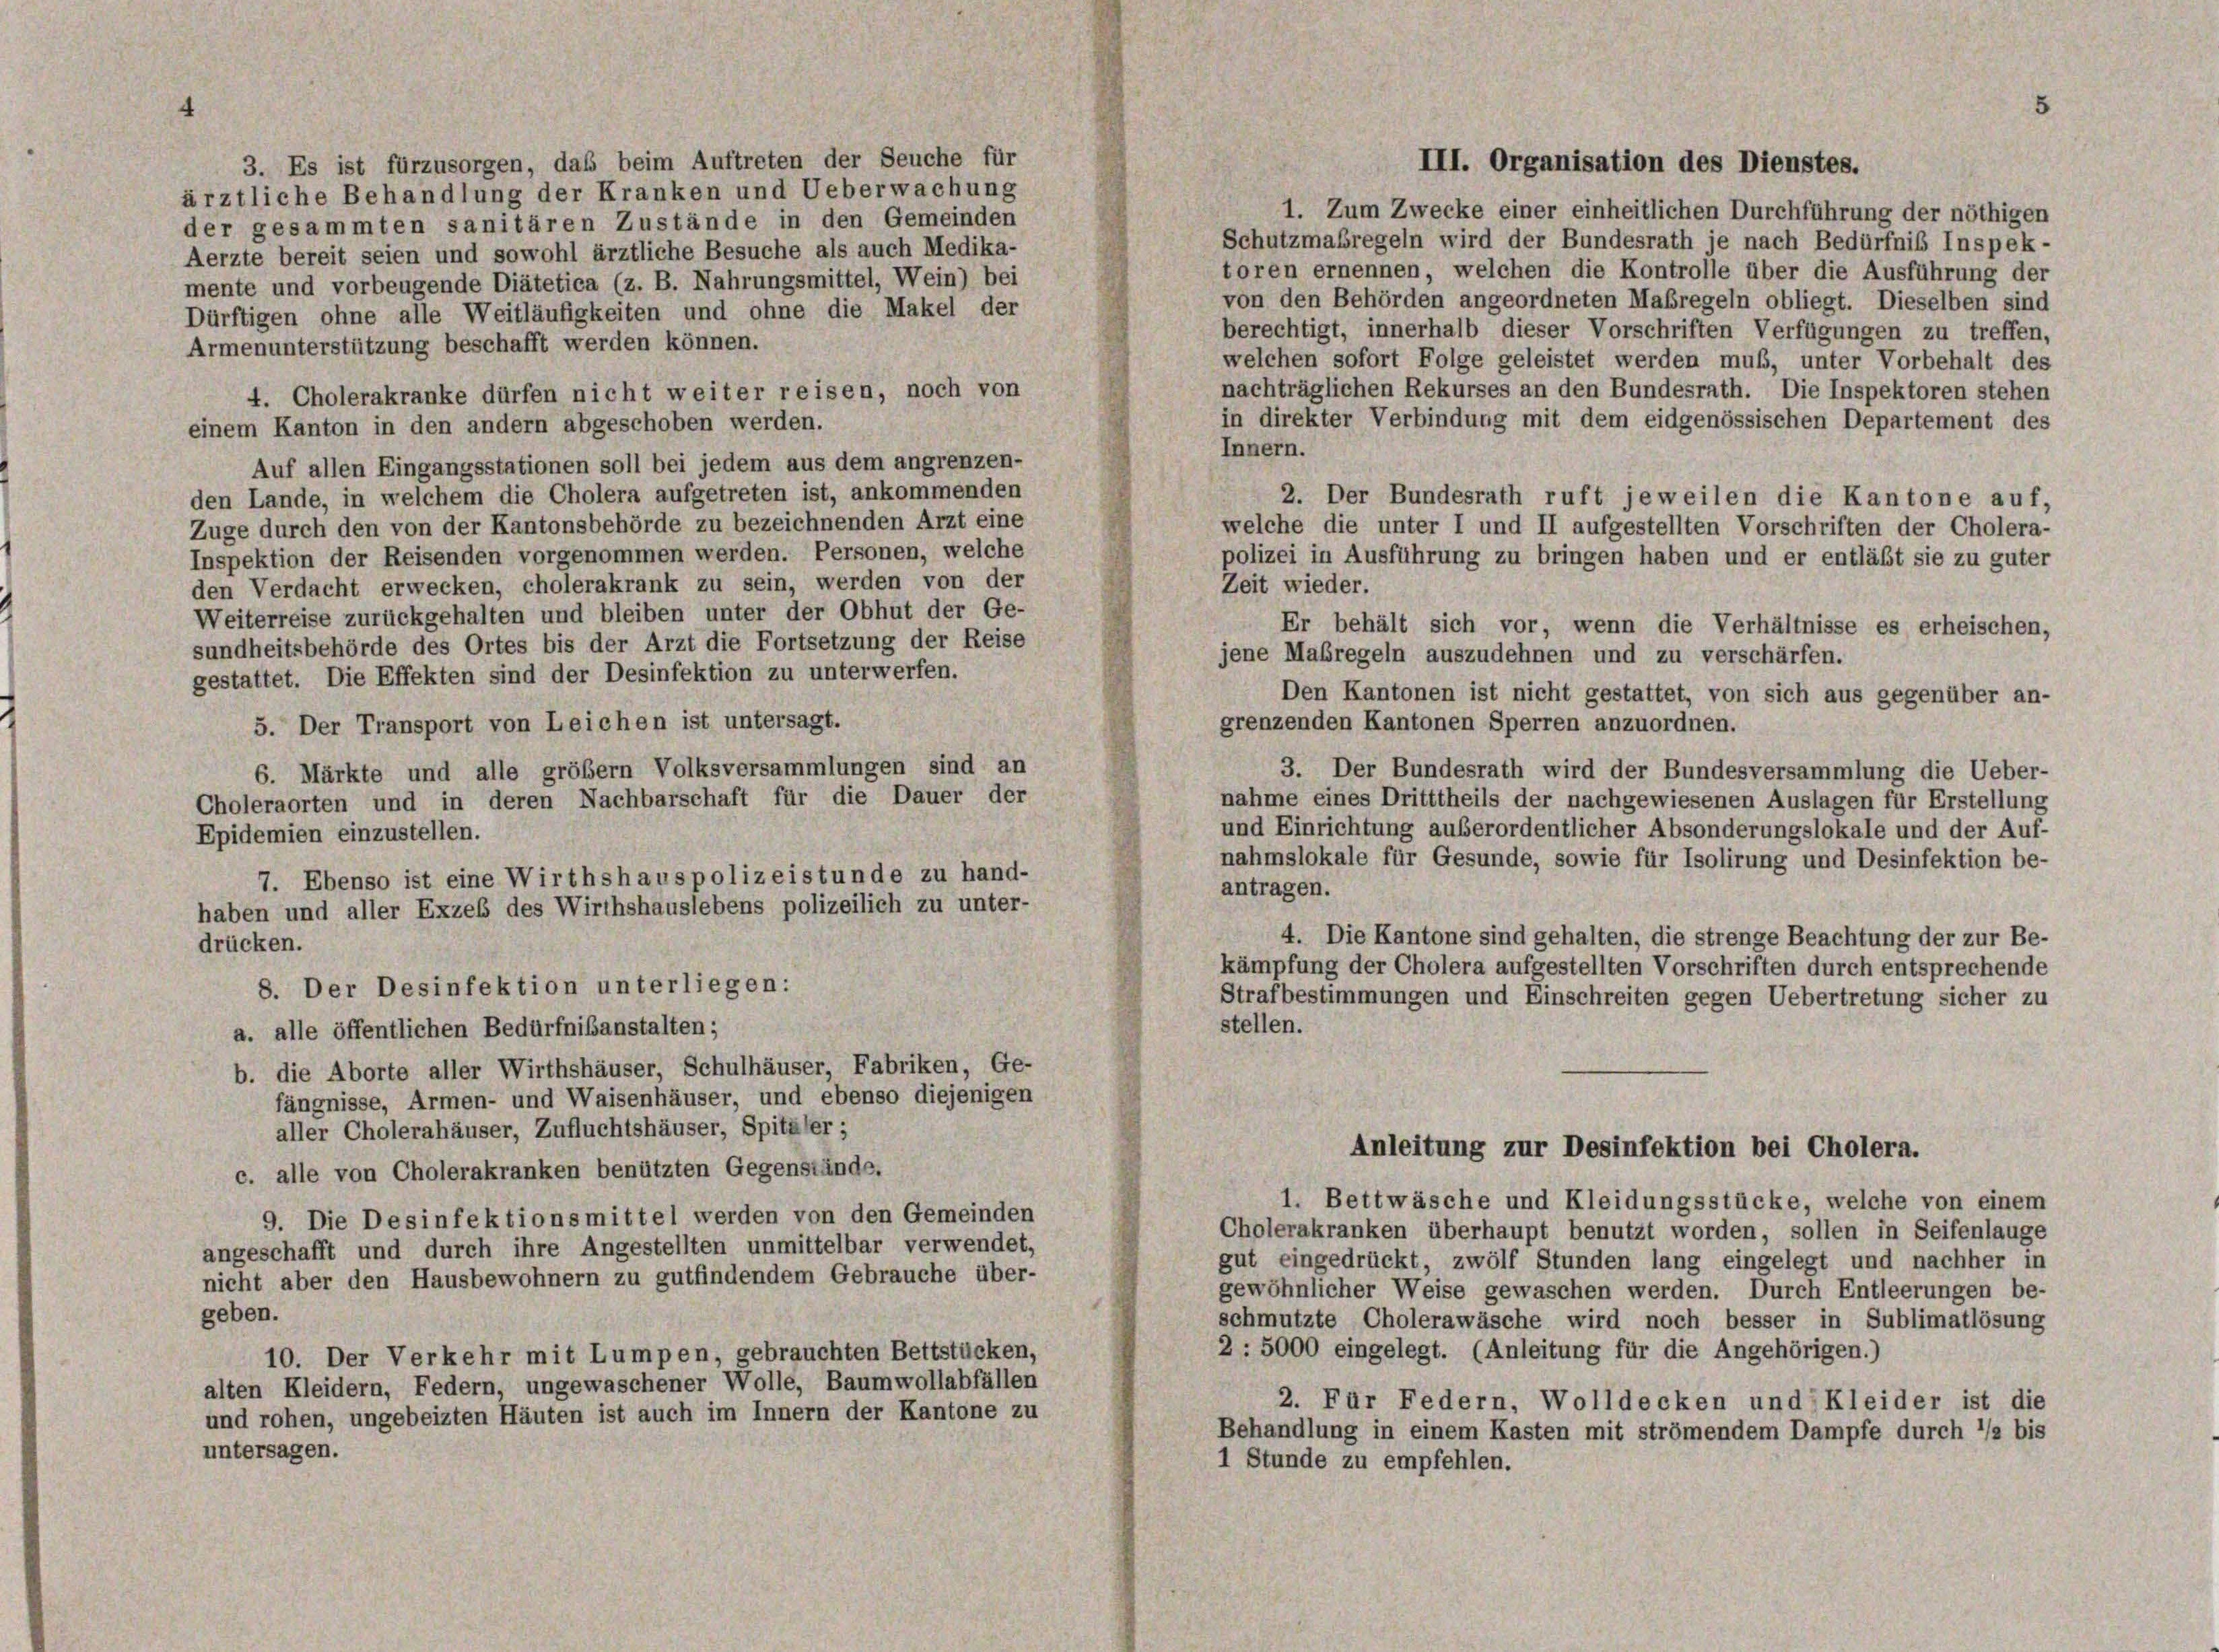
der gesammten sanitären Zustände in den Gemeinden
Aerzte bereit seien und sowohl ärztliche Besuche als auch Medika-
mente und vorbeugende Diätetica (z. B. Nahrungsmittel, Wein) bei
Dürftigen ohne alle Weitläufigkeiten und ohne die Makel der
berechtigt, innerhalb dieser Vorschriften Verfügungen zu treffen,
Armenunterstützung beschafft werden können.
welchen sofort Folge geleistet werden muß, unter Vorbehalt des
nachträglichen Rekurses an den Bundesrath. Die Inspektoren stehen
4. Cholerakranke dürfen nicht weiter reisen, noch von
in direkter Verbindung mit dem eidgenössischen Departement des
einem Kanton in den andern abgeschoben werden.
Innern.
Auf allen Eingangsstationen soll bei jedem aus dem angrenzen-
den Lande, in welchem die Cholera aufgetreten ist, ankommenden
2. Der Bundesrath ruft jeweilen die Kantone auf,
Zuge durch den von der Kantonsbehörde zu bezeichnenden Arzt eine
welche die unter I und II aufgestellten Vorschriften der Cholera-
Inspektion der Reisenden vorgenommen werden. Personen, welche
polizei in Ausführung zu bringen haben und er entläßt sie zu guter
Zeit wieder.
den Verdacht erwecken, cholerakrank zu sein, werden von der
Weiterreise zurückgehalten und bleiben unter der Obhut der Ge-
Er behält sich vor, wenn die Verhältnisse es erheischen,
sundheitsbehörde des Ortes bis der Arzt die Fortsetzung der Reise
jene Maßregeln auszudehnen und zu verschärfen.
gestattet. Die Effekten sind der Desinfektion zu unterwerfen.
Den Kantonen ist nicht gestattet, von sich aus gegenüber an-
grenzenden Kantonen Sperren anzuordnen.
5. Der Transport von Leichen ist untersagt.
3. Der Bundesrath wird der Bundesversammlung die Ueber-
6. Märkte und alle größem Volksversammlungen sind an
nahme eines Dritttheils der nachgewiesenen Auslagen für Erstellung
Choleraorten und in deren Nachbarschaft für die Dauer der
und Einrichtung außerordentlicher Absonderungslokale und der Auf-
Epidemien einzustellen.
nahmslokale für Gesunde, sowie für Isolirung und Desinfektion be-
7. Ebenso ist eine Wirthshauspolizeistunde zu hand-
antragen.
haben und aller Exzeb des Wirthshauslebens polizeilich zu unter-
4. Die Kantone sind gehalten, die strenge Beachtung der zur Be-
drücken.
kämpfung der Cholera aufgestellten Vorschriften durch entsprechende
8. Der Desinfektion unterliegen:
Strafbestimmungen und Einschreiten gegen Uebertretung sicher zu
stellen.
a. alle öffentlichen Bedürfnibanstalten;
b. die Aborte aller Wirthshäuser, Schulhäuser, Fabriken, Ge-
fängnisse, Armen- und Waisenhäuser, und ebenso diejenigen
aller Cholerahäuser, Zufluchtshäuser, Spitäler;
Anleitung zur Desinfektion bei Cholera.
c. alle von Cholerakranken benützten Gegenstände.
1. Bettwäsche und Kleidungsstücke, welche von einem
9. Die Desinfektionsmittel werden von den Gemeinden
Cholerakranken überhaupt benutzt worden, sollen in Seifenlauge
angeschafft und durch ihre Angestellten unmittelbar verwendet,
gut eingedrückt, zwölf Stunden lang eingelegt und nachher in
nicht aber den Hausbewohnern zu gutfindendem Gebrauche über-
gewöhnlicher Weise gewaschen werden. Durch Entleerungen be-
geben.
schmutzte Cholerawäsche wird noch besser in Sublimatlösung
2: 5000 eingelegt. (Anleitung für die Angehörigen.)
10. Der Verkehr mit Lumpen, gebrauchten Bettstücken,
alten Kleidern, Federn, ungewaschener Wolle, Baumwollabfällen
2. Für Federn, Wolldecken und Kleider ist die
und rohen, ungebeizten Häuten ist auch im Innern der Kantone zu
Behandlung in einem Kasten mit strömendem Dampfe durch */2 bis
untersagen.
1 Stunde zu empfehlen.

3. Es ist fürzusorgen, das beim Auftreten der Seuche für
ärztliche Behandlung der Kranken und Ueberwachung

III. Organisation des Dienstes.

1. Zum Zwecke einer einheitlichen Durchführung der nöthigen
Schutzmaßregeln wird der Bundesrath je nach Bedürfnis Inspek-
toren ernennen, welchen die Kontrolle über die Ausführung der
von den Behörden angeordneten Maßregeln obliegt. Dieselben sind